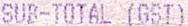
SUB-TOTAL (GST)